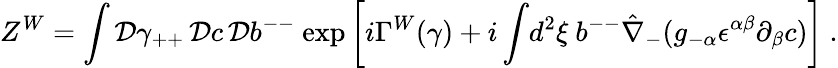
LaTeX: Z^{W}=\int{\cal D}\gamma_{++}\, {\cal D}c\, {\cal D}b^{--}~\mathrm{exp}\left[i\Gamma^{W}(\gamma)+i\int\! d^{2}\xi~b^{--}\hat{\nabla}_{-}(g_{-\alpha}\epsilon^{\alpha\beta}\partial_{\beta}c)\right]~.